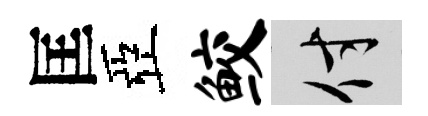
匡亞鲛付